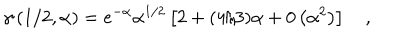
LaTeX: \gamma \left( 1 / 2 , \alpha \right) = e ^ { - \alpha } \alpha ^ { 1 / 2 } \left[ 2 + ( 4 / 3 ) \alpha + 0 \left( \alpha ^ { 2 } \right) \right] \quad ,